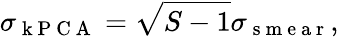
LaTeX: \sigma_{\mathrm{~k~P~C~A~}}=\sqrt{S-1}\sigma_{\mathrm{~s~m~e~a~r~}},